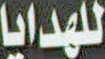
للهدايا